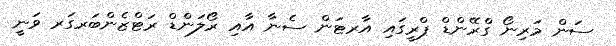
ސަން މަރިނޯ ގްރޭންޑް ޕްރީގައި އާރޓަން ސެނާ އާއި ރޯލަންޑް ރަޓްޒެންބަރގަރ ވަނީ